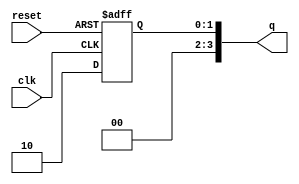
module johnson_counter #(
    parameter n = 4 // Number of flip-flops
) (
    input wire clk,       // Clock signal
    input wire reset,     // Reset signal
    output reg [n-1:0] q // Output state of the flip-flops
);

    // Initial state
    initial begin
        q = 0;
    end

    // Always block triggered by clock edges
    always @(posedge clk or posedge reset) begin
        if (reset) begin
            q <= 0; // Reset the counter to initial state
        end else begin
            // Shift the states and feedback the inverted output of the last flip-flop
            q <= {~q[n-1], q[n-1:n-1]}; // Concatenates the inverted last bit with the rest
        end
    end

endmodule